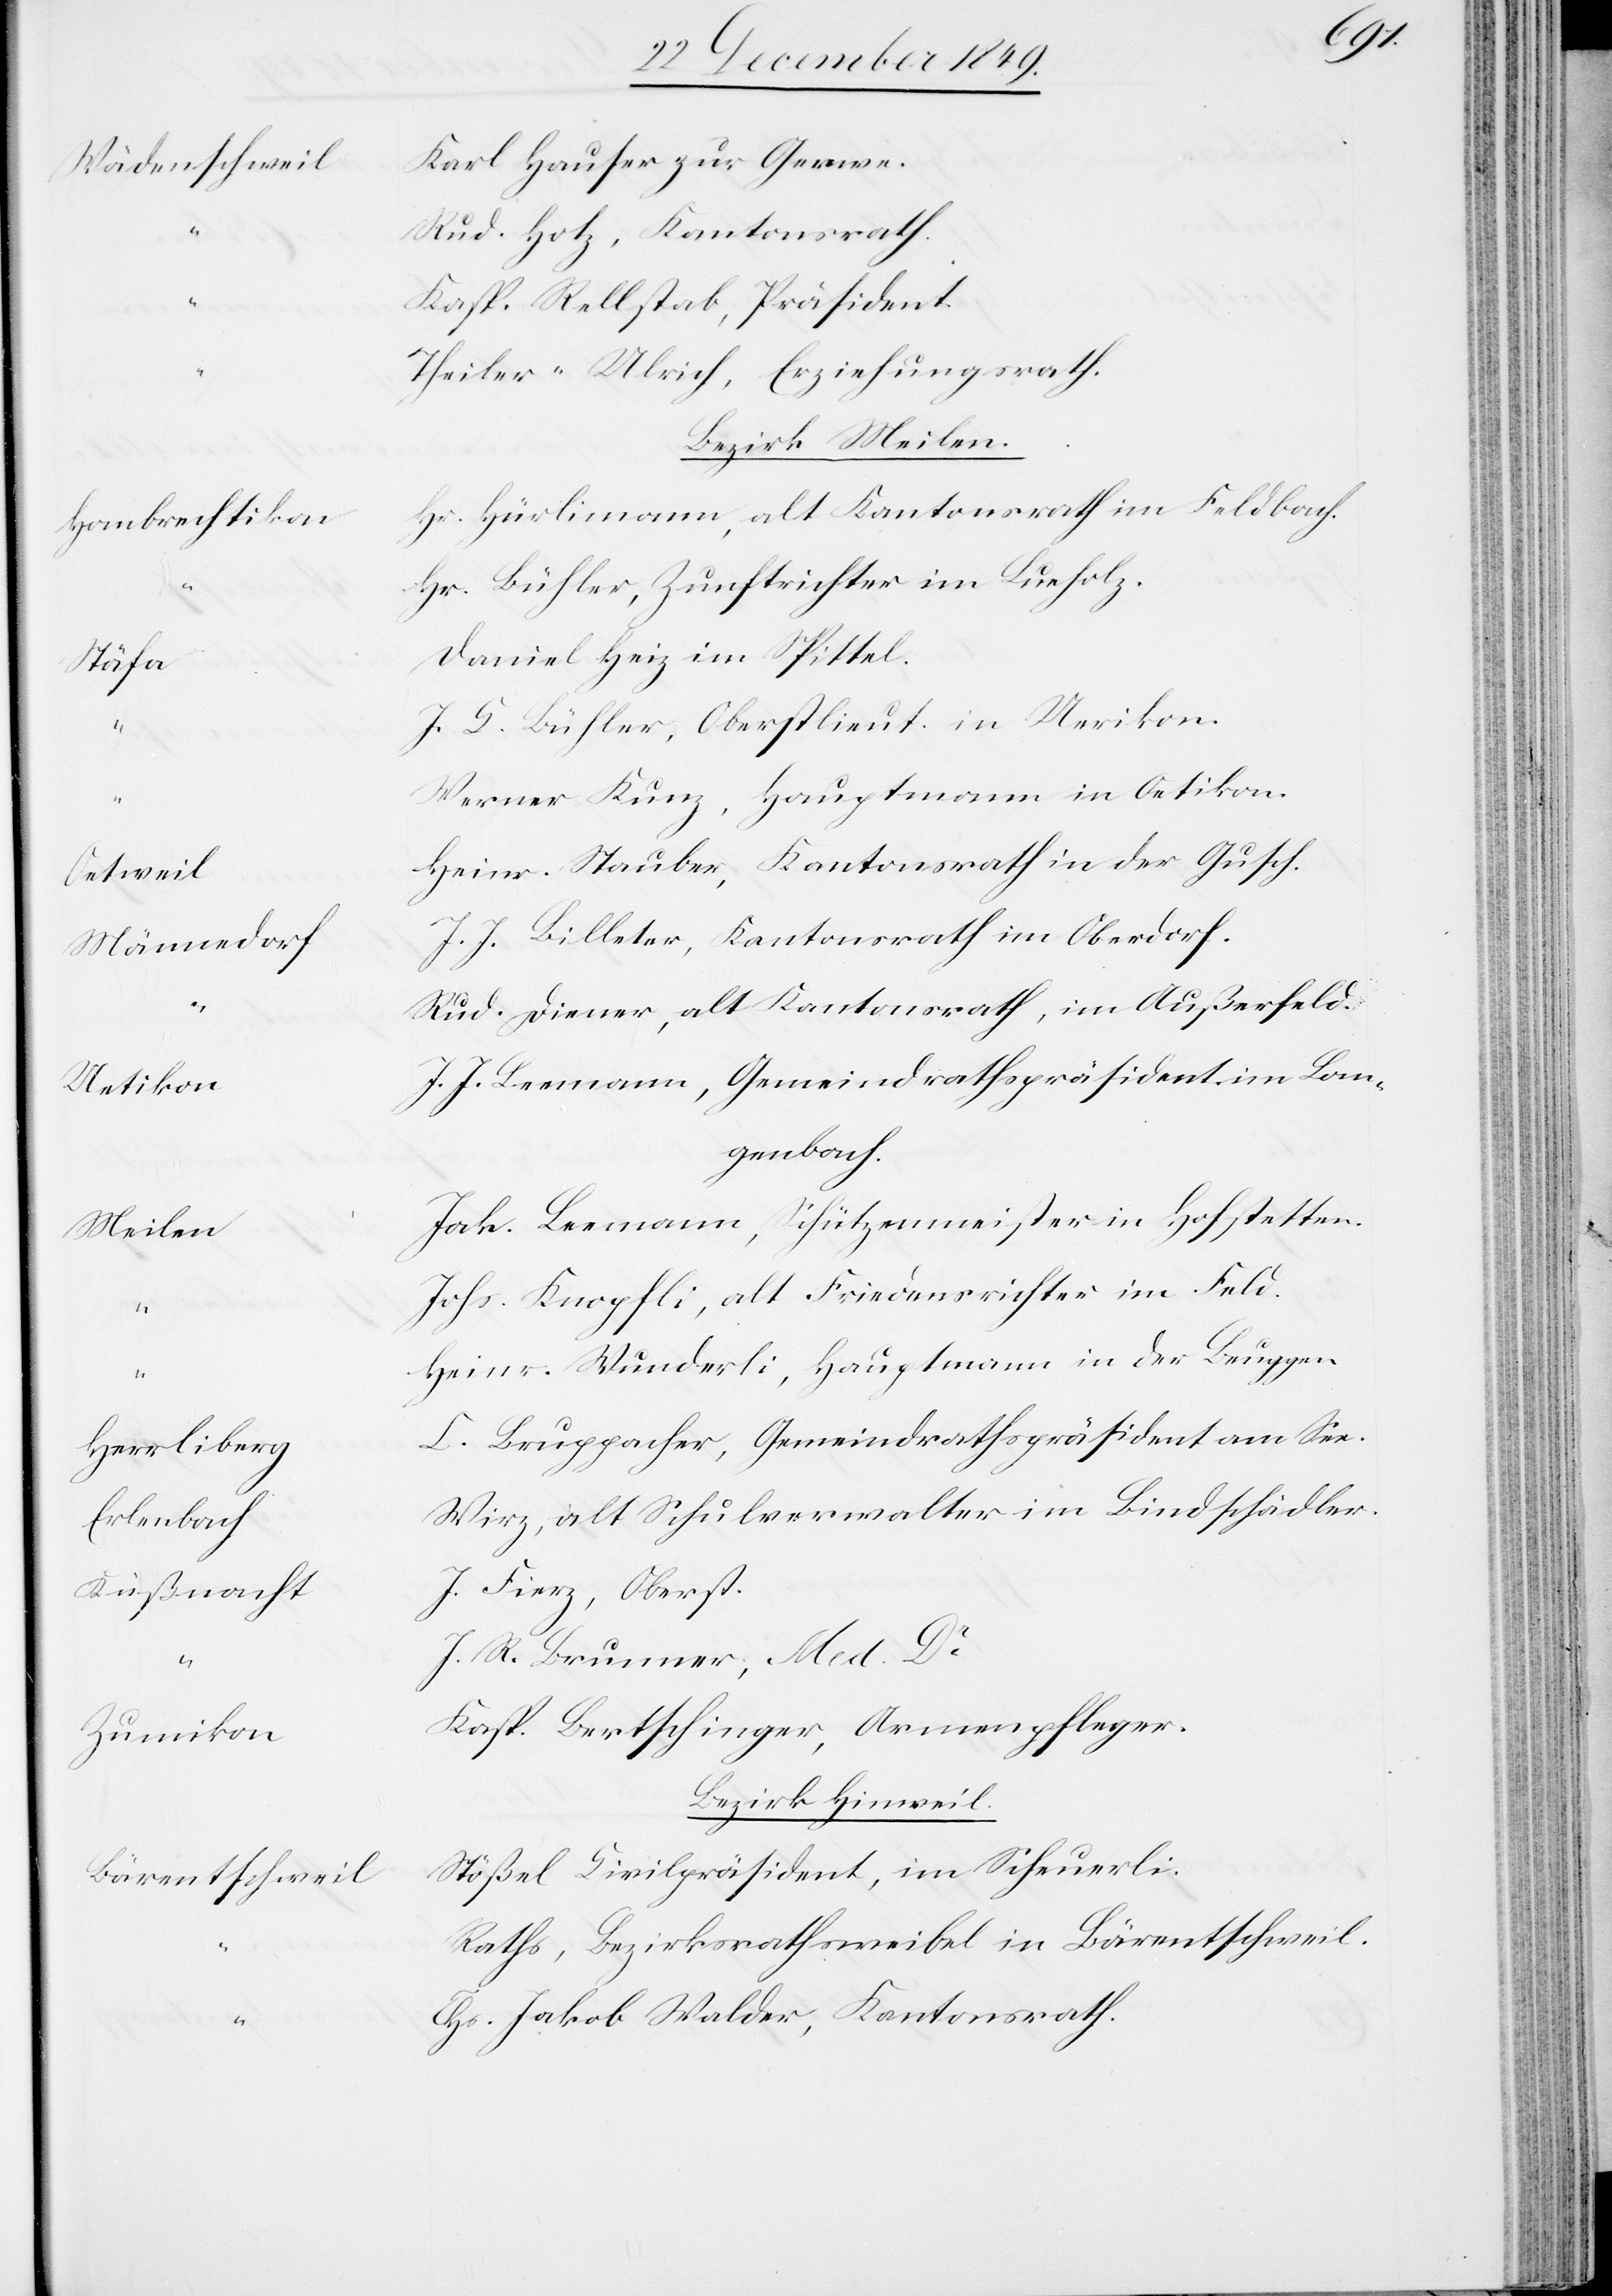
Wädenschweil	K¬
Hombrechtikon	H¬
Stäf¬
Oetwei¬
Erlenbac¬
Zumiko¬
Bärentschwei¬

arl Hauser zur Gerwe.
Hotz, Kantonsrath.
asp. Rellstab, Präsident.
heiler-Ulrich, Erziehungsrath.
Bezirk Meilen.
r. Hürlimann, alt Kantonsrath im Feldbach.
Bühler, Zunftrichter im Lueholz.
aniel Heiz im Spittel.
L. Bühler, Oberstlieut. in Uerikon.
erner Kunz, Hauptmann in Oetikon.
einr. Stauber, Kantonsrath in der Gusch.
J. Billeter, Kantonsrath im Oberdorf.
Diener, alt Kantonsrath, im Außerfeld.
J. Leemann, Gemeindrathspräsident im Lan¬
genbach.
Leemann, Schützmeister in Hofstetten.
ohs. Knopfli, alt Friedensrichter im Feld.
einr. Wunderli, Hauptmann in der Bruggen.
Bruppacher, Gemeindrathspräsident am See.
irz, alt Schulverwalter im Lindschädler.
Fierz, Oberst.
R. Brunner, Med Dr
asp. Bertschinger, Armenpfleger.
Bezirk Hinweil.
l	Stößel Civilpräsident, im Scheuerli.
aths, Bezirksrathsweibel in Bärentschweil.
Jakob Walder, Kantonsrath.

“				R¬